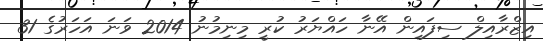
އިޒްރާއިލް ސިފައިން އޭނާ ހައްޔަރު ކުރީ މިނިމުނު 2014 ވަނަ އަހަރުގެ 31